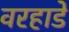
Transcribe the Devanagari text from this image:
वरहाडे